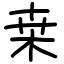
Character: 桒